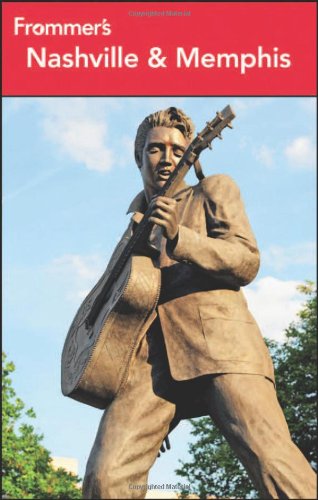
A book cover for Frommer'sÃE Nashville and Memphis (Frommer's Complete Guides); Linda Romine; Travel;